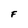
Character: F